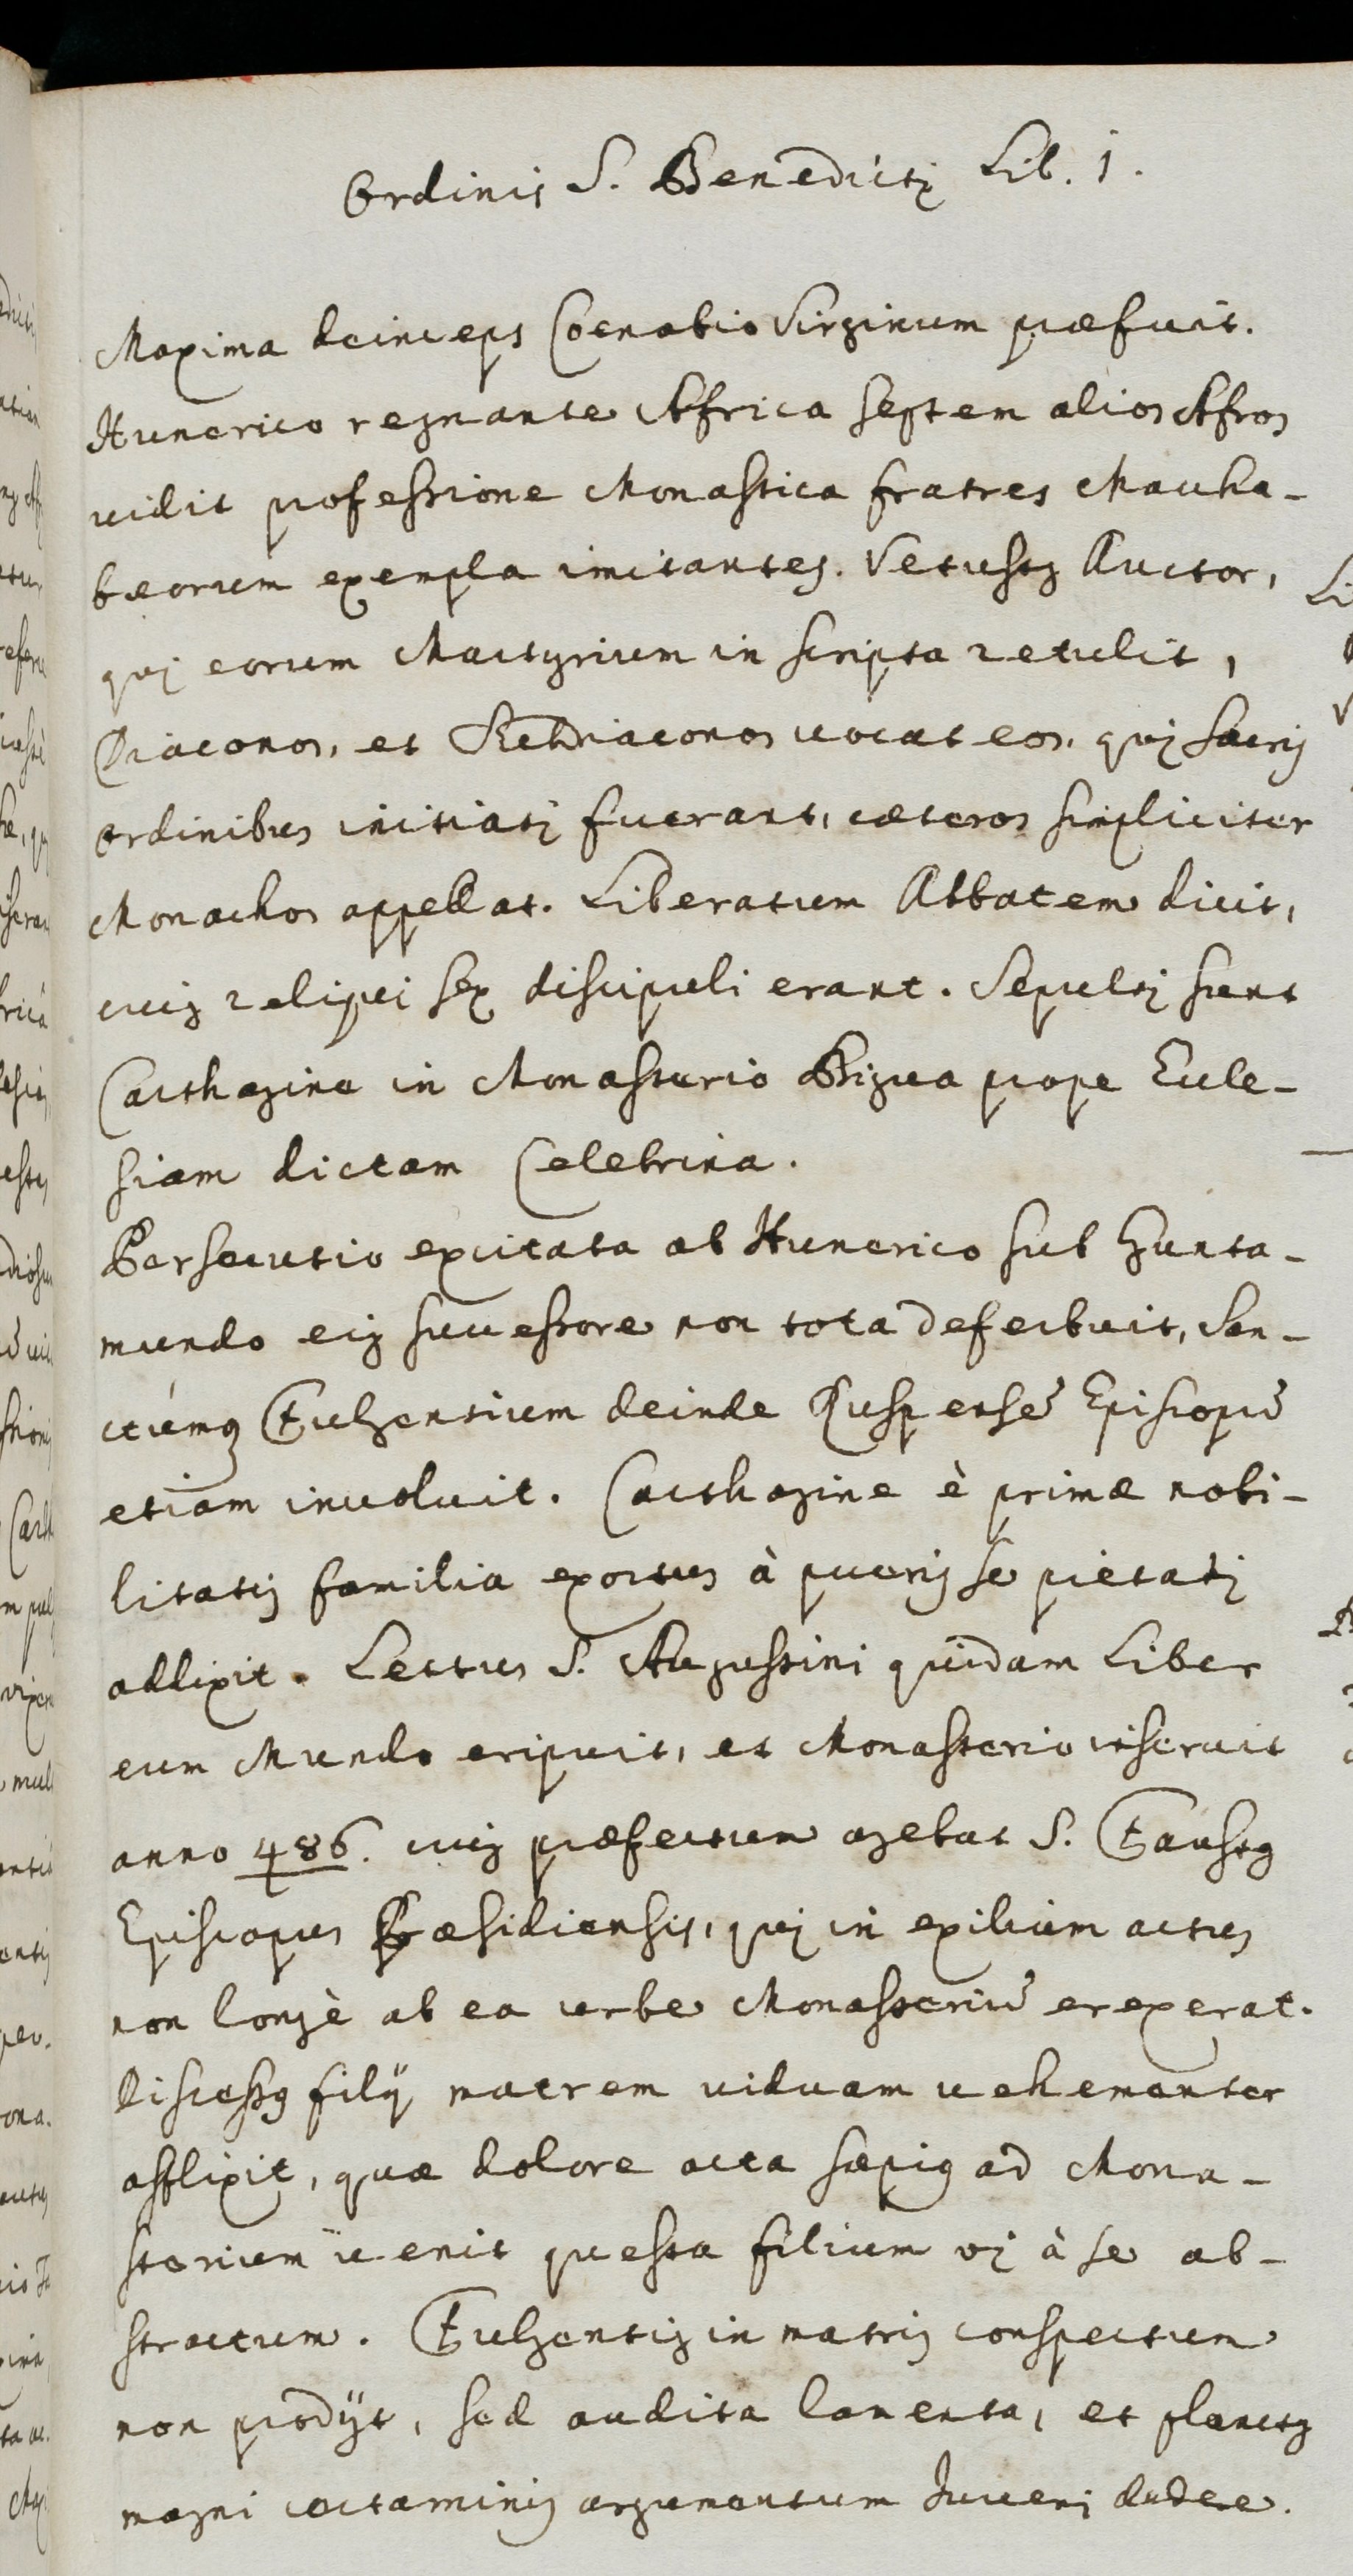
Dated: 1600–1699